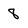
Character: 8